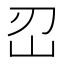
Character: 𡵑